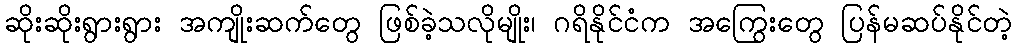
ဆိုးဆိုးရွားရွား အကျိုးဆက်တွေ ဖြစ်ခဲ့သလိုမျိုး၊ ဂရိနိုင်ငံက အကြွေးတွေ ပြန်မဆပ်နိုင်တဲ့